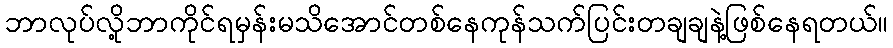
ဘာလုပ်လို့ဘာကိုင်ရမှန်းမသိအောင်တစ်နေကုန်သက်ပြင်းတချချနဲ့ဖြစ်နေရတယ်။